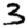
Digit: 3